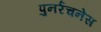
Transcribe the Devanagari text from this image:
पुनर्रचनेस